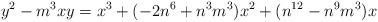
LaTeX: \begin{align*} y^2 - m^3xy = x^3 + (-2n^6 + n^3m^3)x^2 + (n^{12} - n^9m^3)x\end{align*}